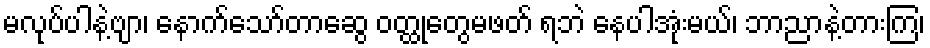
မလုပ်ပါနဲ့ဗျာ၊ နောက်သော်တာဆွေ ဝတ္ထုတွေမဖတ် ရဘဲ နေပါအုံးမယ်၊ ဘာညာနဲ့တားကြ၊